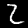
Label: 2